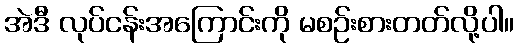
အဲဒီ လုပ်ငန်းအကြောင်းကို မစဉ်းစားတတ်လို့ပါ။